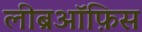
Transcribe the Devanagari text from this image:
लीब्रऑफ़िस